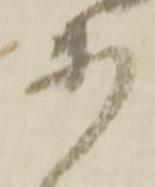
あ